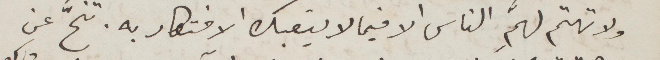
ولا تهتم لهمِ الناس الا فيما لا يتعبك الافتكار به. تنحّ عن